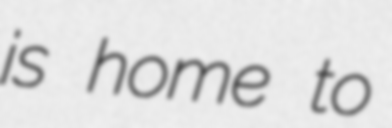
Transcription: is home to